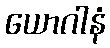
ယောဂါနံ